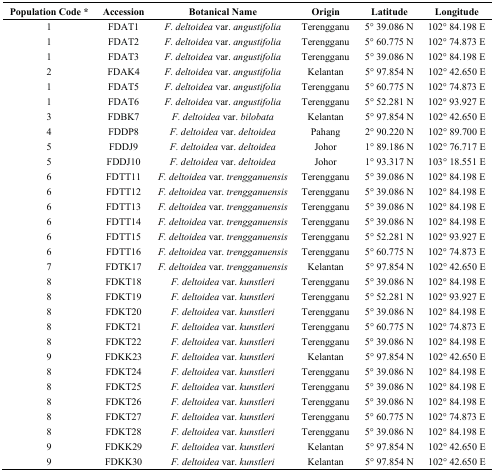
<table><thead><tr><td><b>Population Code *</b></td><td><b>Accession</b></td><td><b>Botanical Name</b></td><td><b>Origin</b></td><td><b>Latitude</b></td><td><b>Longitude</b></td></tr></thead><tbody><tr><td>1</td><td>FDAT1</td><td><i>F. deltoidea</i> var. <i>angustifolia</i></td><td>Terengganu</td><td>5° 39.086 N</td><td>102° 84.198 E</td></tr><tr><td>1</td><td>FDAT2</td><td><i>F. deltoidea</i> var. <i>angustifolia</i></td><td>Terengganu</td><td>5° 60.775 N</td><td>102° 74.873 E</td></tr><tr><td>1</td><td>FDAT3</td><td><i>F. deltoidea</i> var. <i>angustifolia</i></td><td>Terengganu</td><td>5° 39.086 N</td><td>102° 84.198 E</td></tr><tr><td>2</td><td>FDAK4</td><td><i>F. deltoidea</i> var. <i>angustifolia</i></td><td>Kelantan</td><td>5° 97.854 N</td><td>102° 42.650 E</td></tr><tr><td>1</td><td>FDAT5</td><td><i>F. deltoidea</i> var. <i>angustifolia</i></td><td>Terengganu</td><td>5° 60.775 N</td><td>102° 74.873 E</td></tr><tr><td>1</td><td>FDAT6</td><td><i>F. deltoidea</i> var. <i>angustifolia</i></td><td>Terengganu</td><td>5° 52.281 N</td><td>102° 93.927 E</td></tr><tr><td>3</td><td>FDBK7</td><td><i>F. deltoidea</i> var. <i>bilobata</i></td><td>Kelantan</td><td>5° 97.854 N</td><td>102° 42.650 E</td></tr><tr><td>4</td><td>FDDP8</td><td><i>F. deltoidea</i> var. <i>deltoidea</i></td><td>Pahang</td><td>2° 90.220 N</td><td>102° 89.700 E</td></tr><tr><td>5</td><td>FDDJ9</td><td><i>F. deltoidea</i> var. <i>deltoidea</i></td><td>Johor</td><td>1° 89.186 N</td><td>102° 76.717 E</td></tr><tr><td>5</td><td>FDDJ10</td><td><i>F. deltoidea</i> var. <i>deltoidea</i></td><td>Johor</td><td>1° 93.317 N</td><td>103° 18.551 E</td></tr><tr><td>6</td><td>FDTT11</td><td><i>F. deltoidea</i> var. <i>trengganuensis</i></td><td>Terengganu</td><td>5° 39.086 N</td><td>102° 84.198 E</td></tr><tr><td>6</td><td>FDTT12</td><td><i>F. deltoidea</i> var. <i>trengganuensis</i></td><td>Terengganu</td><td>5° 39.086 N</td><td>102° 84.198 E</td></tr><tr><td>6</td><td>FDTT13</td><td><i>F. deltoidea</i> var. <i>trengganuensis</i></td><td>Terengganu</td><td>5° 39.086 N</td><td>102° 84.198 E</td></tr><tr><td>6</td><td>FDTT14</td><td><i>F. deltoidea</i> var. <i>trengganuensis</i></td><td>Terengganu</td><td>5° 39.086 N</td><td>102° 84.198 E</td></tr><tr><td>6</td><td>FDTT15</td><td><i>F. deltoidea</i> var. <i>trengganuensis</i></td><td>Terengganu</td><td>5° 52.281 N</td><td>102° 93.927 E</td></tr><tr><td>6</td><td>FDTT16</td><td><i>F. deltoidea</i> var. <i>trengganuensis</i></td><td>Terengganu</td><td>5° 60.775 N</td><td>102° 74.873 E</td></tr><tr><td>7</td><td>FDTK17</td><td><i>F. deltoidea</i> var. <i>trengganuensis</i></td><td>Kelantan</td><td>5° 97.854 N</td><td>102° 42.650 E</td></tr><tr><td>8</td><td>FDKT18</td><td><i>F. deltoidea</i> var. <i>kunstleri</i></td><td>Terengganu</td><td>5° 39.086 N</td><td>102° 84.198 E</td></tr><tr><td>8</td><td>FDKT19</td><td><i>F. deltoidea</i> var. <i>kunstleri</i></td><td>Terengganu</td><td>5° 52.281 N</td><td>102° 93.927 E</td></tr><tr><td>8</td><td>FDKT20</td><td><i>F. deltoidea</i> var. <i>kunstleri</i></td><td>Terengganu</td><td>5° 39.086 N</td><td>102° 84.198 E</td></tr><tr><td>8</td><td>FDKT21</td><td><i>F. deltoidea</i> var. <i>kunstleri</i></td><td>Terengganu</td><td>5° 60.775 N</td><td>102° 74.873 E</td></tr><tr><td>8</td><td>FDKT22</td><td><i>F. deltoidea</i> var. <i>kunstleri</i></td><td>Terengganu</td><td>5° 39.086 N</td><td>102° 84.198 E</td></tr><tr><td>9</td><td>FDKK23</td><td><i>F. deltoidea</i> var. <i>kunstleri</i></td><td>Kelantan</td><td>5° 97.854 N</td><td>102° 42.650 E</td></tr><tr><td>8</td><td>FDKT24</td><td><i>F. deltoidea</i> var. <i>kunstleri</i></td><td>Terengganu</td><td>5° 39.086 N</td><td>102° 84.198 E</td></tr><tr><td>8</td><td>FDKT25</td><td><i>F. deltoidea</i> var. <i>kunstleri</i></td><td>Terengganu</td><td>5° 39.086 N</td><td>102° 84.198 E</td></tr><tr><td>8</td><td>FDKT26</td><td><i>F. deltoidea</i> var. <i>kunstleri</i></td><td>Terengganu</td><td>5° 39.086 N</td><td>102° 84.198 E</td></tr><tr><td>8</td><td>FDKT27</td><td><i>F. deltoidea</i> var. <i>kunstleri</i></td><td>Terengganu</td><td>5° 60.775 N</td><td>102° 74.873 E</td></tr><tr><td>8</td><td>FDKT28</td><td><i>F. deltoidea</i> var. <i>kunstleri</i></td><td>Terengganu</td><td>5° 39.086 N</td><td>102° 84.198 E</td></tr><tr><td>9</td><td>FDKK29</td><td><i>F. deltoidea</i> var. <i>kunstleri</i></td><td>Kelantan</td><td>5° 97.854 N</td><td>102° 42.650 E</td></tr><tr><td>9</td><td>FDKK30</td><td><i>F. deltoidea</i> var. <i>kunstleri</i></td><td>Kelantan</td><td>5° 97.854 N</td><td>102° 42.650 E</td></tr></tbody></table>